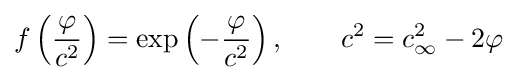
f\left({\frac {\varphi }{c^{2}}}\right)=\exp \left(-{\frac {\varphi }{c^{2}}}\right),\qquad c^{2}=c_{\infty }^{2}-2\varphi